French assistants in Scottish schools and training centres, 1934
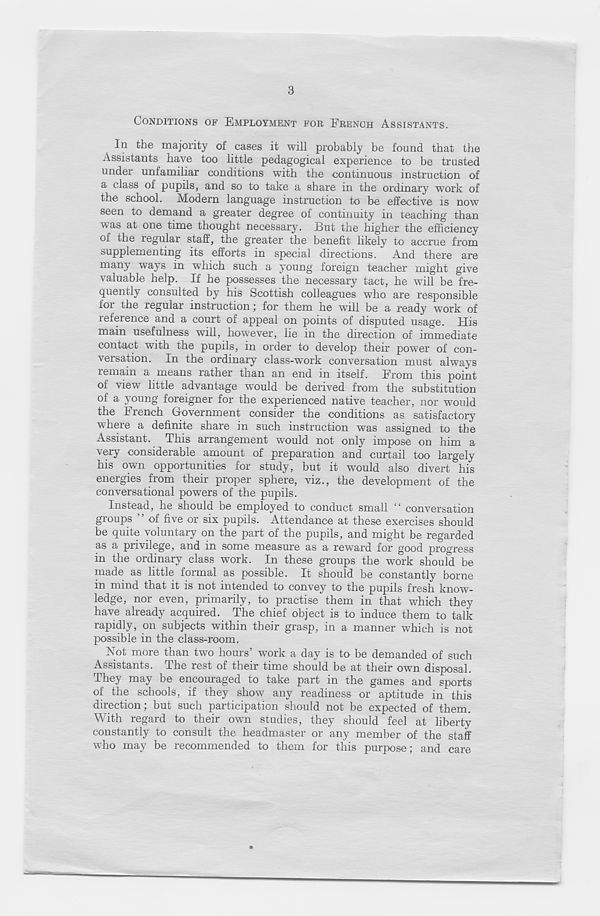
3
CONDITIONS OF EMPLOYMENT FOR FRENCH ASSISTANTS.
In the majority of cases it will probably be found that the
Assistants have too little pedagogical experience to be trusted
under unfamiliar conditions with the continuous instruction of
a class of pupils, and so to take a share in the ordinary work of
the school. Modern language instruction to be effective is now-
seen to demand a greater degree of continuity in teaching than
w 7 as at one time thought necessary. But the higher the efficiency
of the regular staff, the greater the benefit likely to accrue from
supplementing its efforts in special directions. And there are
many ways in which such a young foreign teacher might give
valuable help. If he possesses the necessary tact, he will be fre-
quently consulted by his Scottish colleagues who are responsible
foi the regular instruction; for them he will be a ready work of
reference and a court of appeal on points of disputed usage. His
main usefulness will, however, lie in the direction of immediate
contact with the pupils, in order to develop their power of con-
versation. In the ordinary class-work conversation must always
lemain a means rather than an end in itself. From this point
of view little advantage would be derived from the substitution
of a young foreigner for the experienced native teacher, nor would
the French Government consider the conditions as satisfactory
wFere a definite share in such instruction was assigned to the
Assistant. This arrangement would not only impose on him a
very considerable amount of preparation and curtail too largely
his own opportunities for study, but it would also divert his
energies from their proper sphere, viz., the development of the
conversational powers of the pupils.
Instead, he should be employed to conduct small “ conversation
groups ’ ’ of five or six pupils. Attendance at these exercises should
be quite voluntary on the part of the pupils, and might be regarded
as a privilege, and in some measure as a reward for good progress
in the ordinary class work. In these groups the work should be
made as little formal as possible. It should be constantly borne
in mind that it is not intended to convey to the pupils fresh know-
ledge, nor even, primarily, to practise them in that which they
have already acquired. The chief object is to induce them to talk
rapidly, on subjects within their grasp, in a manner which is not
possible in the class-room.
Not more than two hours’ work a day is to be demanded of such
Assistants. The rest of their time should be at their own disposal.
They may be encouraged to take part in the games and sports
of the schools, if they show any readiness or aptitude in this
direction; but such participation should not be expected of them.
With regard to their own studies, they should feel at liberty
constantly to consult the headmaster or any member of the staff
who may be recommended to them for this purpose; and care